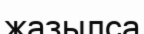
жазылса